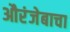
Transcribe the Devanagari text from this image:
औरंजेबाचा